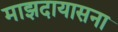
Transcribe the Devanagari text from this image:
माझदायासना